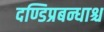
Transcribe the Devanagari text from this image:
दण्डिप्रबन्धाश्च